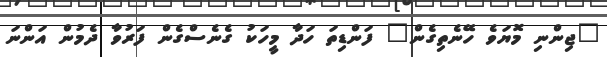
"ޖިންނި މޮޔަވެ ހޭނެތިގެން" ފަންޑިތަ ހަދާ މީހަކު ގެނެސްގެން ފަރުވާ ދެމުން އަންނަ